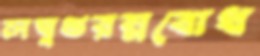
লঘুগুরম্নবোধ